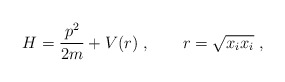
\begin{align*}H = \frac{p^2}{2m} + V(r)\;,\qquad r = \sqrt{x_i x_i}\;,\end{align*}